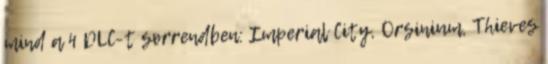
mind a 4 DLC-t sorrendben: Imperial City, Orsinium, Thieves